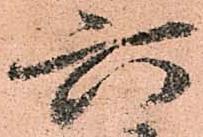
六